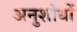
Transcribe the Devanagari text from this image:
अनुशोधों